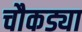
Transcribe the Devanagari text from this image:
चौकड्या